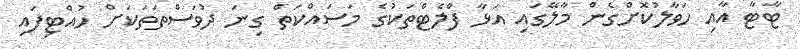
ޓާޓާ އާއި ހަވާލުކޮށްގެން މާލޭގައި އަޅާ ފްލެޓްތަކުގެ މަސައްކަތް ގިނަ ދުވަސްތަތަކަށް ހުއްޓިފައި